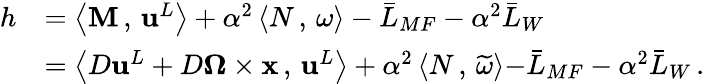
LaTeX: \begin{array}{rl}{h}&{=\left<\mathbf{M}\, ,\, {\mathbf{u}}^{L}\right>+\alpha^{2}\left<N\, ,\, \omega\right>-\bar{L}_{MF}-\alpha^{2}\bar{L}_{W}}\\ &{=\left<D{\mathbf{u}}^{L}+D\boldsymbol{\Omega}\times{\mathbf{x}}\, ,\, {\mathbf{u}}^{L}\right>+\alpha^{2}\left<N\, ,\, \widetilde{\omega}\right>{-\bar{L}_{MF}-\alpha^{2}\bar{L}_{W}}\, .}\end{array}